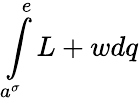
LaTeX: \int\limits_{a^{\sigma}}^{e}L+wdq